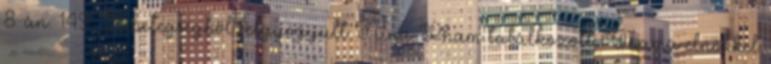
8-án. 149 A betegségből felgyógyult Nina Pham találkozott Obama elnökkel